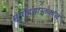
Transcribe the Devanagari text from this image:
सूर्योदयास्तकाल